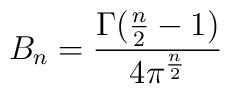
B_n =  \frac{\Gamma(\frac{n}{2}-1)}{4\pi^{\frac{n}{2}}}